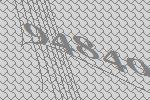
94840